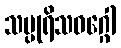
သပ္ပုရိသဝဂ္ဂေါ